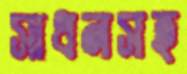
সাধনসহ